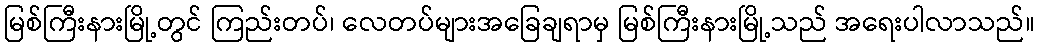
မြစ်ကြီးနားမြို့တွင် ကြည်းတပ်၊ လေတပ်များအခြေချရာမှ မြစ်ကြီးနားမြို့သည် အရေးပါလာသည်။